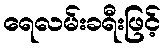
ရေလမ်းခရီးဖြင့်